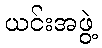
ယင်းအဖွဲ့